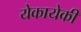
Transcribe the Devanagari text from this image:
येकायेकी